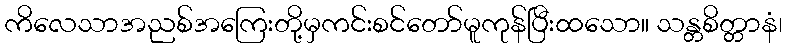
ကိလေသာအညစ်အကြေးတို့မှကင်းစင်တော်မူကုန်ပြီးထသော။ သန္တစိတ္တာနံ၊